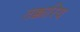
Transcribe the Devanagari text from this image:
तक्कारिय